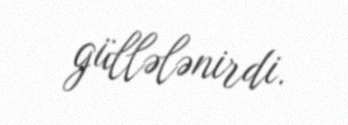
güllələnirdi.